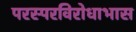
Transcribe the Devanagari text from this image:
परस्परविरोधाभास